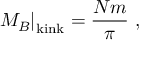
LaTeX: \left. M _ { B } \right| _ { \mathrm { k i n k } } = \frac { N m } { \pi } \ ,